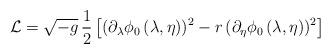
LaTeX: \begin{align*}{\cal L} = \sqrt{-g} \,{1\over 2} \left[ (\partial_\lambda\phi_0\,(\lambda,\eta))^2 -r\,(\partial_\eta\phi_0\,(\lambda,\eta))^2 \right]\end{align*}